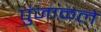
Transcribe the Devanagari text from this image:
पुंजाळले